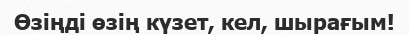
Өзіңді өзің күзет, кел, шырағым!